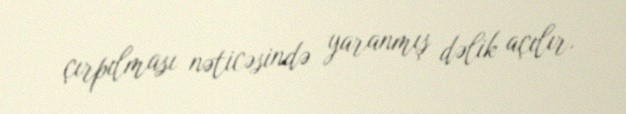
çırpılması nəticəsində yaranmış dəlik açılır.